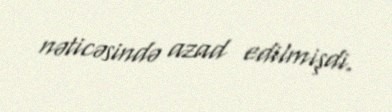
nəticəsində azad edilmişdi.